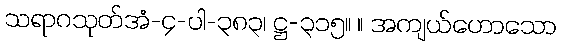
သရာဂသုတ်အံ-၄-ပါ-၃၈၃၊ ဋ္ဌ-၃၁၅။ ။ အကျယ်ဟောသော